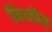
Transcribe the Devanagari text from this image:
बिरहोड़